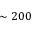
\sim 2 0 0